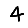
Digit: 4